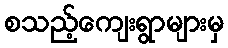
စသည့်ကျေးရွာများမှ